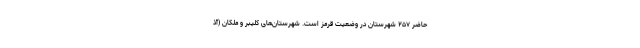
حاضر ۲۵۷ شهرستان در وضعیت قرمز است. شهرستان‌های کلیبر و ملکان (آذ